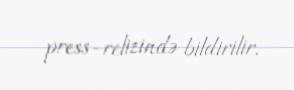
press-relizində bildirilir.